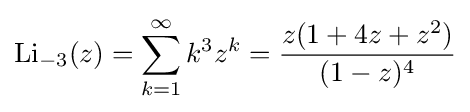
\operatorname {Li} _{-3}(z)=\sum _{k=1}^{\infty }k^{3}z^{k}={\frac {z(1+4z+z^{2})}{(1-z)^{4}}}